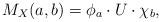
LaTeX: \begin{align*}M_{X}(a,b) = \phi_a \cdot U \cdot \chi_b,\end{align*}